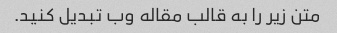
متن زیر را به قالب مقاله وب تبدیل کنید.